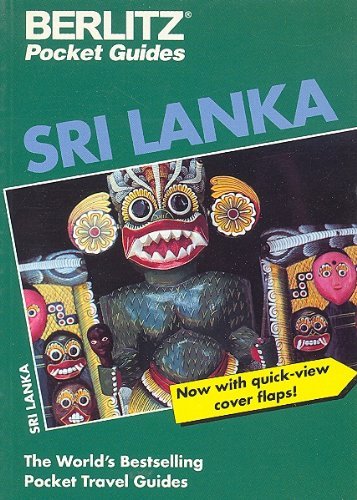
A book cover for Sri Lanka (Berlitz Pocket Travel Guides); Berlitz Guides; Travel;